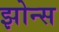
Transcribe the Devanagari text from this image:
झोन्स